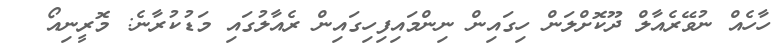
ހާހެއް ނުވޭރެއާލް ދޫކޮށްލަން ހިގައިން ނިންމައިފިހިގައިން ރެއާލުގައި މަޑުކުރާނެ: މޮރީނިއޯ